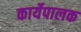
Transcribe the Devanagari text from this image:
कार्येपालक